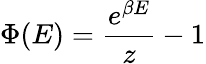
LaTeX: \Phi(E)={\frac{e^{\beta E}}{z}}-1